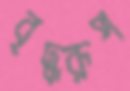
বৃদ্ধরূপ